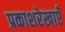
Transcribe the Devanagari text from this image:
प्रकाशरेखाएँ